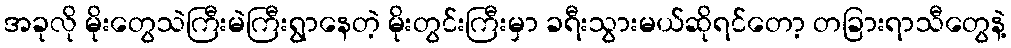
အခုလို မိုးတွေသဲကြီးမဲကြီးရွာနေတဲ့ မိုးတွင်းကြီးမှာ ခရီးသွားမယ်ဆိုရင်တော့ တခြားရာသီတွေနဲ့